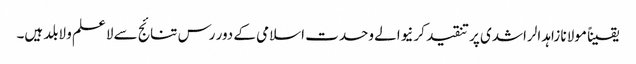
یقیناً مولانا زاہد الراشدی پر تنقید کرنیوالے وحدت اسلامی کے دور رس تنائج سے لاعلم و لابلد ہیں۔